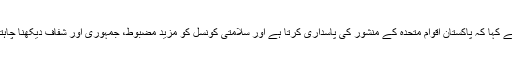
انہوں نے کہا کہ پاکستان اقوام متحدہ کے منشور کی پاسداری کرتا ہے اور سلامتی کونسل کو مزید مضبوط، جمہوری اور شفاف دیکھنا چاہتے ہیں۔